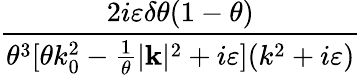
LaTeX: \frac{2i\varepsilon\delta\theta(1-\theta)}{\theta^{3}[\theta k_{0}^{2}-\frac{1}{\theta}|\mathbf{k}|^{2}+i\varepsilon](k^{2}+i\varepsilon)}